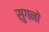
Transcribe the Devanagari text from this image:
सुगनो